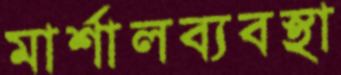
মার্শালব্যবস্থা